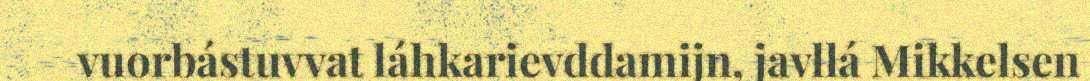
vuorbástuvvat láhkarievddamijn, javllá Mikkelsen